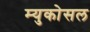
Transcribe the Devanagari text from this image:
म्युकोसल